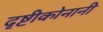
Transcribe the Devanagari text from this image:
दृष्टीकोनानी